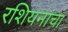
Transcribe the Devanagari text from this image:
रशियनांचा